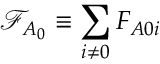
\mathcal { F } _ { A _ { 0 } } \equiv \sum _ { i \neq 0 } F _ { A 0 i }